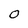
Character: 0